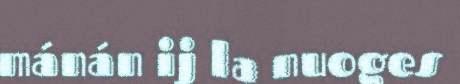
mánán ij la nuoges